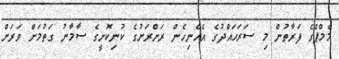
މެމްޕްގެ ފަރާތުން މި ސަރަޙައްދުގެ އެހެނިހެން ރަށްރަށުގެ ކުނިކޮށީގެ ސާމާނު ގަތުމަށް ވަރަށް